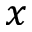
x